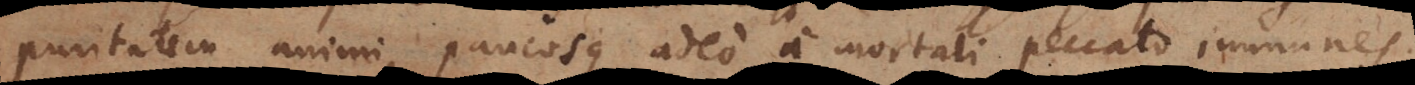
puritatem animi, paucosque adeo a mortali peccato immunes